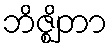
ဘိဇ္ဈိတာ